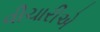
વીચારીએ